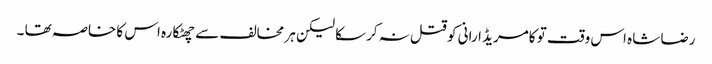
رضا شاہ اس وقت تو کامریڈ ارانی کو قتل نہ کرسکا لیکن ہر مخالف سے چھٹکارہ اس کا خاصہ تھا ۔